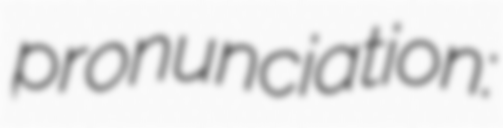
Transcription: pronunciation: